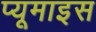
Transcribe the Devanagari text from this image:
प्यूमाइस